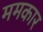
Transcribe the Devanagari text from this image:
ममकार